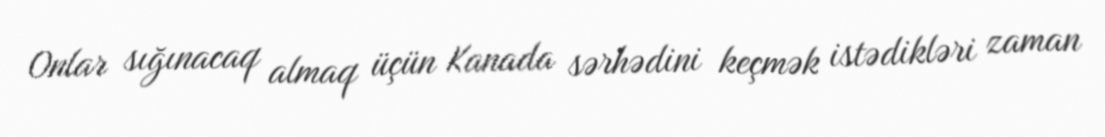
Onlar sığınacaq almaq üçün Kanada sərhədini keçmək istədikləri zaman